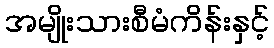
အမျိုးသားစီမံကိန်းနှင့်